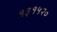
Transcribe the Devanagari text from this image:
१३१५२०